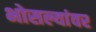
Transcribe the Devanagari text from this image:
भोसल्यांवर